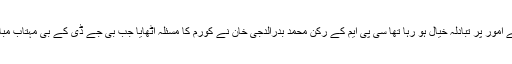
جب ایوان میں خانگی ارکان کے امور پر تبادلہ خیال ہو رہا تھا سی پی ایم کے رکن محمد بدرالدجی خان نے کورم کا مسئلہ اٹھایا جب بی جے ڈی کے بی مہتاب مباحث میں حصہ لے رہے تھے ۔